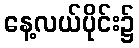
နေ့လယ်ပိုင်း၌